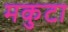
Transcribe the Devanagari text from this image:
मकुटा